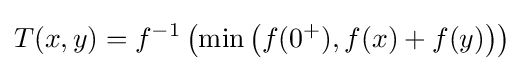
T(x,y)=f^{-1}\left(\min \left(f(0^{+}),f(x)+f(y)\right)\right)